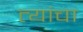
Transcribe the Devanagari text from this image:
त्यांंचा